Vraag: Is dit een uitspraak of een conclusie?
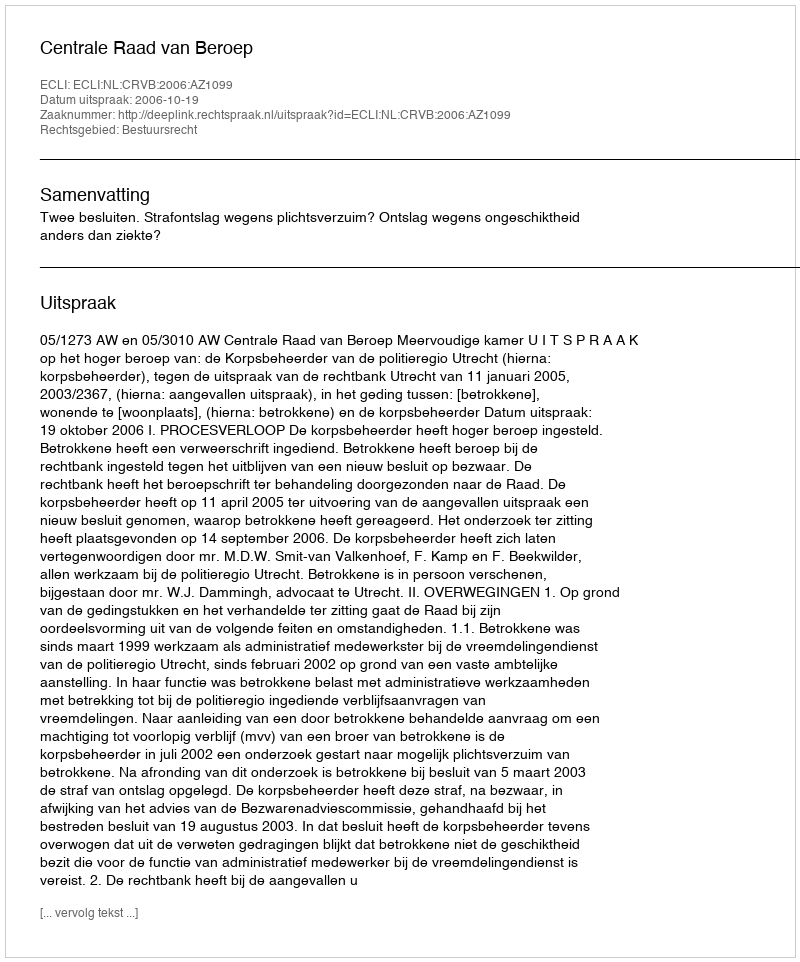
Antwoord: Uitspraak